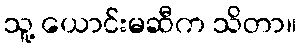
သူ့ ယောင်းမဆီက သိတာ။